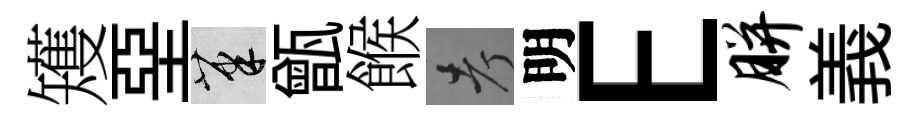
矱堊筆甑餱考明E胼義